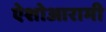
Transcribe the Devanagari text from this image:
ऐशोआरामी